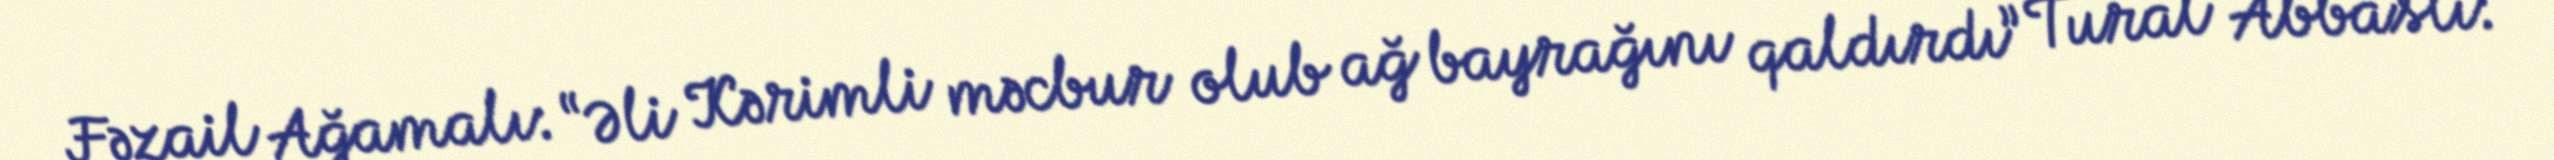
Fəzail Ağamalı: “Əli Kərimli məcbur olub ağ bayrağını qaldırdı” Tural Abbaslı: